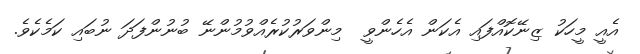
އެއީ މީހަކު ޒިނޭކޮއްފައި އެކަން އެހެންވީ  މިންވަރުކުރެއްވުމުންނޭ ބުނުންފަދަ ނުބައި ކަމެކެވެ.